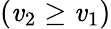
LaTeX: (\mathit{v}_{2}\geq\mathit{v}_{1})